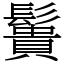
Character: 䰎